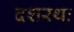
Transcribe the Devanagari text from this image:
दशरथः